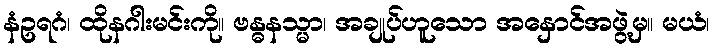
နံဥရဂံ၊ ထိုနဂါးမင်းကို။ ဗန္ဓနသ္မာ၊ အချုပ်ဟူသော အနှောင်အဖွဲ့မှ။ မယံ၊